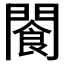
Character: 𫔨